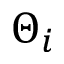
\Theta _ { i }